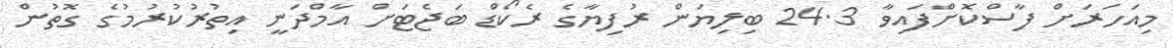
މިއަހަރަށް ފާސްކޮށްފައިވާ 24.3 ބިލިޔަން ރުފިޔާގެ ރެކޯޑް ބަޖެޓަށް އާމްދަނީ އިތުރުކުރުމުގެ ގޮތުން